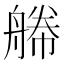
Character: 𦩫